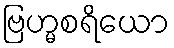
ဗြဟ္မစရိယော